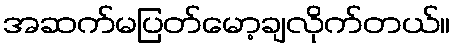
အဆက်မပြတ်မော့ချလိုက်တယ်။